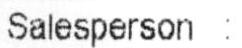
SALESPERSON :